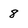
Character: 8